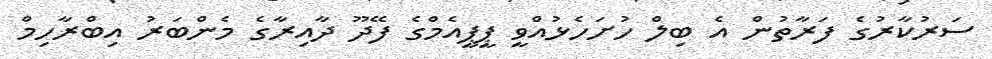
ސަރުކާރުގެ ފަރާތުން އެ ބިލް ހުށަހެޅުއްވީ ޕީޕީއެމްގެ ފޭދޫ ދާއިރާގެ މެންބަރު އިބްރާހިމް